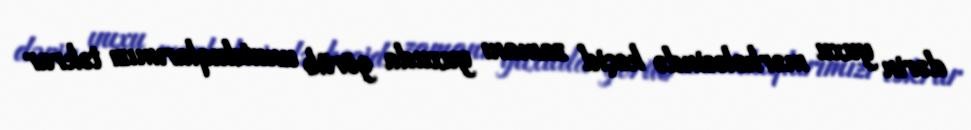
dərin yuxu mərhələsində keçid zamanı yuxuda görüb unutduqlarımızı təkrar